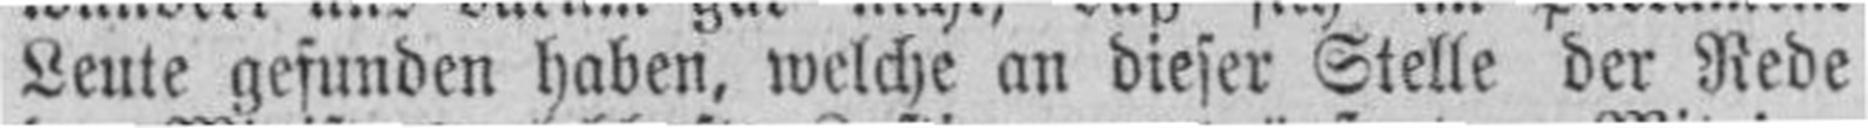
Leute gefunden haben, welche an dieser Stelle der Rede